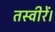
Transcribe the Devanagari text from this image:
तस्वीरें।